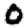
Digit: 0